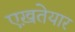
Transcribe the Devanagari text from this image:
एख़तेयार